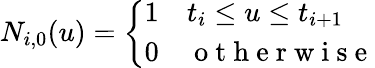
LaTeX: N_{i,0}(u)=\left\{ \begin{array}{ll}{1}&{t_{i}\leq u\leq t_{i+1}}\\ {0}&{\mathrm{~o~t~h~e~r~w~i~s~e~}}\end{array}\right.